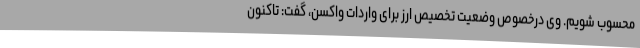
محسوب شویم. وی درخصوص وضعیت تخصیص ارز برای واردات واکسن، گفت: تاکنون